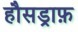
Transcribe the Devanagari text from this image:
हौसड्राफ़